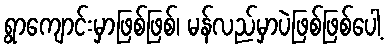
ရွာကျောင်းမှာဖြစ်ဖြစ်၊ မန်လည်မှာပဲဖြစ်ဖြစ်ပေါ့